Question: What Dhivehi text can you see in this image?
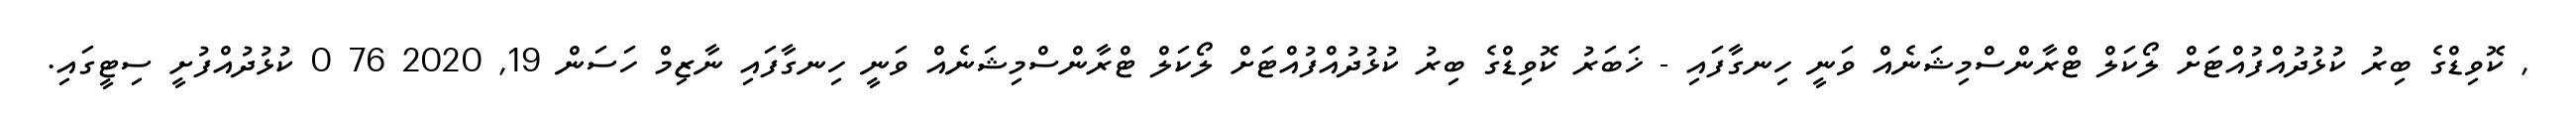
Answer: , ކޮވިޑްގެ ބިރު ކުޅުދުއްފުއްޓަށް ލޯކަލް ޓްރާންސްމިޝަނެއް ވަނީ ހިނގާފައި - ޚަބަރު ކޮވިޑްގެ ބިރު ކުޅުދުއްފުއްޓަށް ލޯކަލް ޓްރާންސްމިޝަނެއް ވަނީ ހިނގާފައި ނާޒިމް ހަސަން 19, 2020 76 0 ކުޅުދުއްފުށީ ސިޓީގައި.